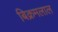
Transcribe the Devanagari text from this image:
बिक्रमलाल